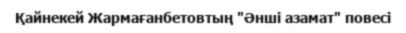
Қайнекей Жармағанбетовтың "Әнші азамат" повесі